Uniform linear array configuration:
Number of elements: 32
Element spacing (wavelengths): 0.25
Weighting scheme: uniform
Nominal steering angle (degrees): -60
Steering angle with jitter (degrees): -58.596
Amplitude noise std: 0.05
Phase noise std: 0.05

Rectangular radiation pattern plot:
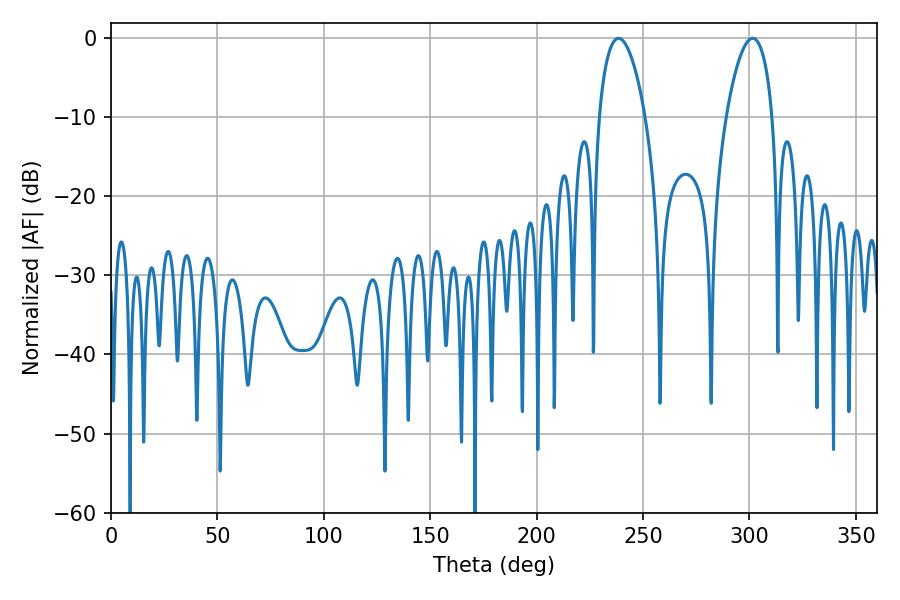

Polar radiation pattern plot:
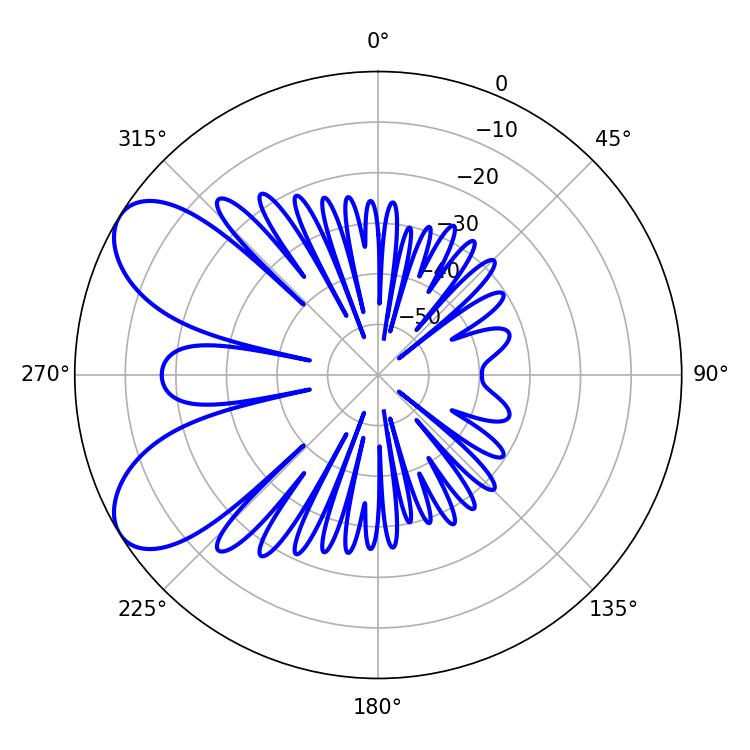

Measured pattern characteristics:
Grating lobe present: FALSE
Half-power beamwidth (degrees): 12.24
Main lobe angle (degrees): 238.5